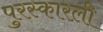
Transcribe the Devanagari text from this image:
पुरस्कारली